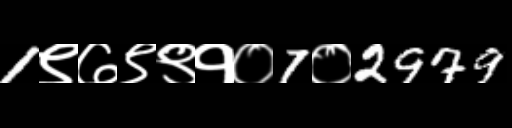
Text: 1९७९९१०7०2979